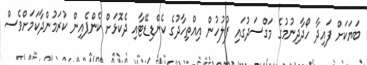
ބަޔަކަށް ފައިދާ ހޯދާދިނުމުގެ މަގްސަދުގައި ފުލުހުން އިއްތިހާދުގެ ކެންޑިޑޭޓާއި ދެކޮޅަށް ކެންޕެއިން ކުރަމުންދާކަމަށްވެސް